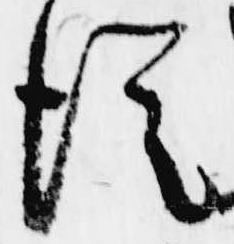
従